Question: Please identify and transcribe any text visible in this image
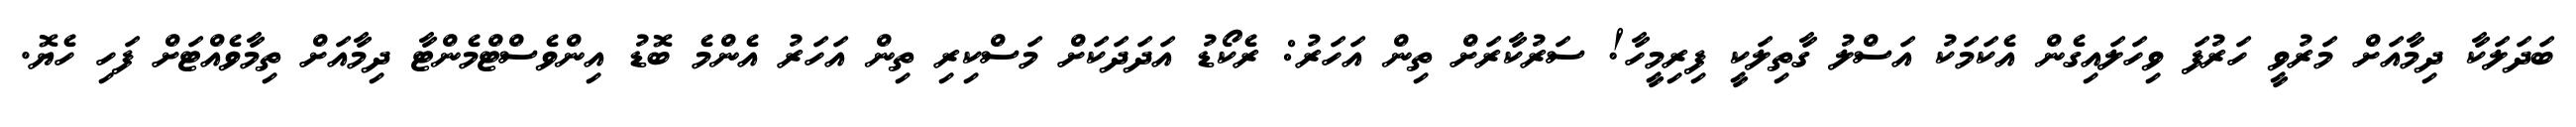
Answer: ބަދަލަކާ ދިމާއަށް މަރުވީ ހަރުފަ ވިހަލައިގެން އެކަމަކު އަސްލު ގާތިލަކީ ފިރިމީހާ! ސަރުކާރަށް ތިން އަހަރު: ރެކޯޑު އަދަދަކަށް މަސްކިރި ތިން އަހަރު އެންމެ ބޮޑު އިންވެސްޓްމެންޓާ ދިމާއަށް ތިމާވެއްޓަށް ފަހި ހެޔޮ.